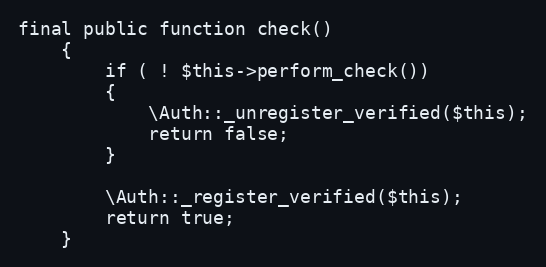
Language: PHP
final public function check()
	{
		if ( ! $this->perform_check())
		{
			\Auth::_unregister_verified($this);
			return false;
		}

		\Auth::_register_verified($this);
		return true;
	}